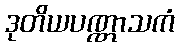
ဒုတိယပဏ္ဏာသကံ